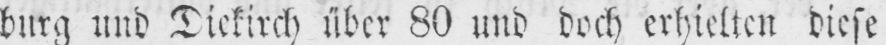
burg und Diekirch über 80 und doch erhielten diese